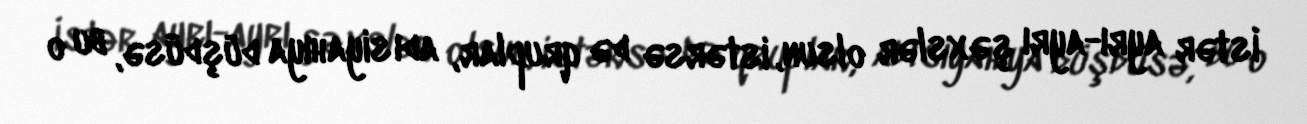
İstər ayrı-ayrı şəxslər olsun, istərsə də qruplar, adı siyahıya düşdüsə, bu o